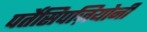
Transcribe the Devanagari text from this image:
पर्तेसिपज़ियोनी